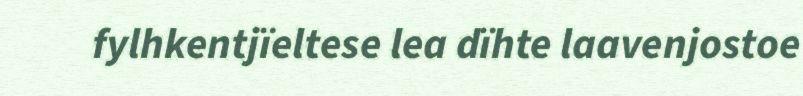
fylhkentjïeltese lea dïhte laavenjostoe